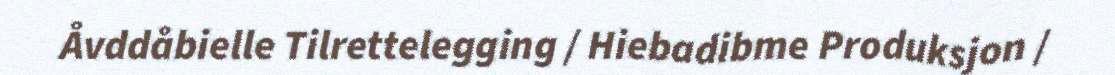
Åvddåbielle Tilrettelegging / Hiebadibme Produksjon /